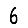
Digit: 6